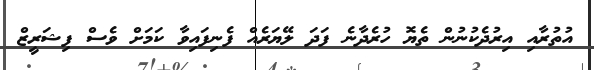
އުތުރާއި އިރުދެކުނުން ތެޔޮ ހުރެދާނެ ފަދަ ލޭޔަރެއް ފެނިފައިވާ ކަމަށް ވެސް ފިޝަރީޒް